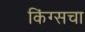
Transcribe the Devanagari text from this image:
किंग्सचा